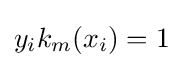
y_{i}k_{m}(x_{i})=1